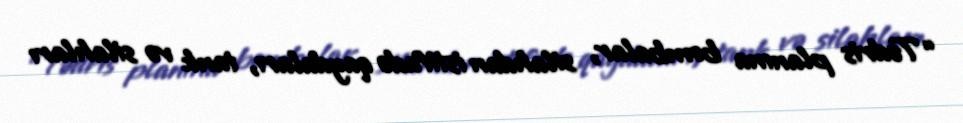
“Tədris planına bombalar, silahdan istifadə qaydaları, tank və silahları